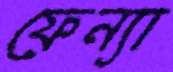
ফেন্যা